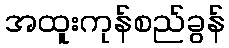
အထူးကုန်စည်ခွန်